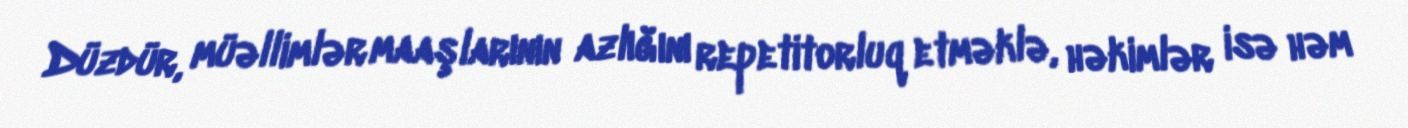
Düzdür, müəllimlər maaşlarının azlığını repetitorluq etməklə, həkimlər isə həm